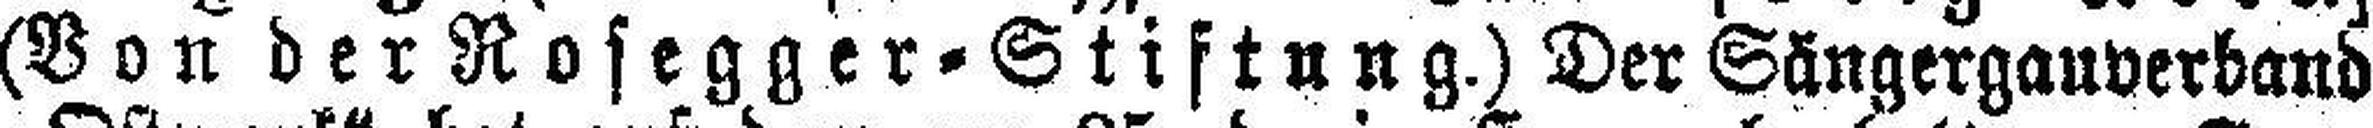
(Von der Rosegger=Stiftung.) Der Sängergauverband